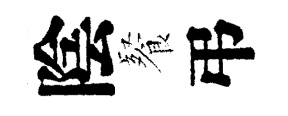
陰餐弔